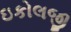
ઇકોલજી